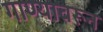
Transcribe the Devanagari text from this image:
गाण्यावरून